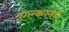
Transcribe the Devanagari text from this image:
एल्कली